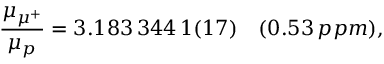
\frac { \mu _ { \mu ^ { + } } } { \mu _ { p } } = 3 . 1 8 3 \, 3 4 4 \, 1 ( 1 7 ) \quad ( 0 . 5 3 \, p p m ) ,